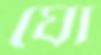
ঘো